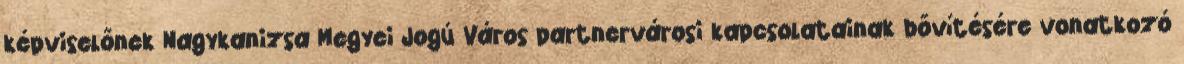
képviselőnek Nagykanizsa Megyei Jogú Város partnervárosi kapcsolatainak bővítésére vonatkozó